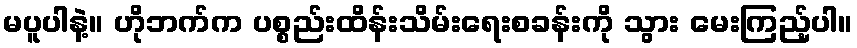
မပူပါနဲ့။ ဟိုဘက်က ပစ္စည်းထိန်းသိမ်းရေးစခန်းကို သွား မေးကြည့်ပါ။